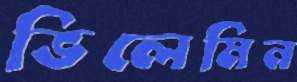
ভিলেমিন